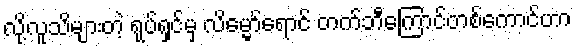
လို့လူသိများတဲ့ ရုပ်ရှင်မှ လိမ္မော်ရောင် တက်ဘီကြောင်တစ်ကောင်ဟာ